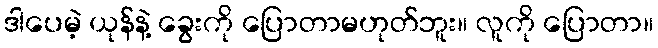
ဒါပေမဲ့ ယုန်နဲ့ ခွေးကို ပြောတာမဟုတ်ဘူး။ လူကို ပြောတာ။